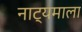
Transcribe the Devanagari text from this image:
नाट्यमाला